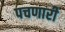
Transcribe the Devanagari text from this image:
पचणारी